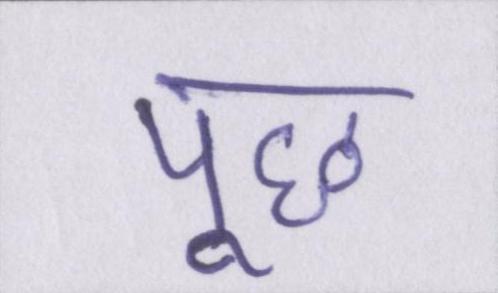
पूछ